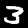
Label: 3